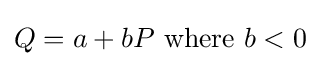
Q=a+bP{\text{ where }}b<0